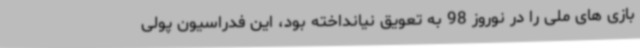
بازی های ملی را در نوروز 98 به تعویق نیانداخته بود، این فدراسیون پولی